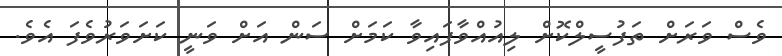
ވެސް ވަރަށް ތަފުސީލްކޮށް ލިއުއްވާފައިވާ ކަމަށް ސަން އަށް ވަނީ ކަށަވަރުވެފަ އެވެ.